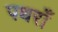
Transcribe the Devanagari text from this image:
पथराँ